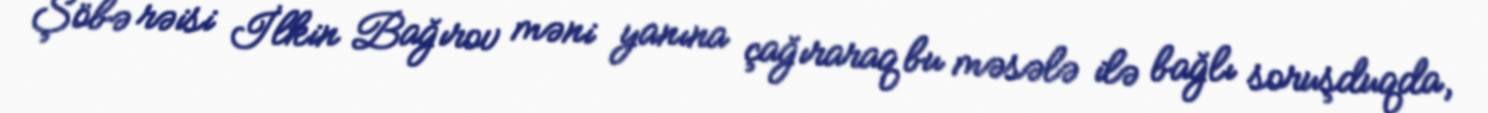
Şöbə rəisi İlkin Bağırov məni yanına çağıraraq bu məsələ ilə bağlı soruşduqda,